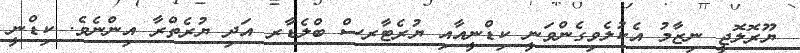
ޔޫރޮލޮޖީ ނިޒާމު އެކުލެވިގެންވަނީ ކިޑްނީއާއި ޔުރެޓާރސް ބްލެޑާރ އަދި ޔުރެތްރާ އިންނެވެ. ކިޑްނީ